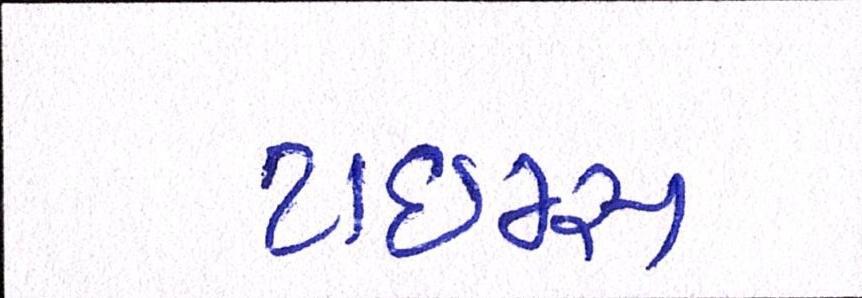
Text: ટાઈમ્સ